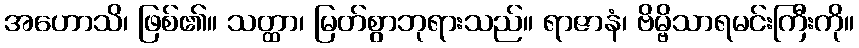
အဟောသိ၊ ဖြစ်၏။ သတ္ထာ၊ မြတ်စွာဘုရားသည်။ ရာဇာနံ၊ ဗိမ္ဗိသာရမင်းကြီးကို။